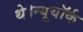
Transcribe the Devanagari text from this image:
थे।न्यूयॉर्क